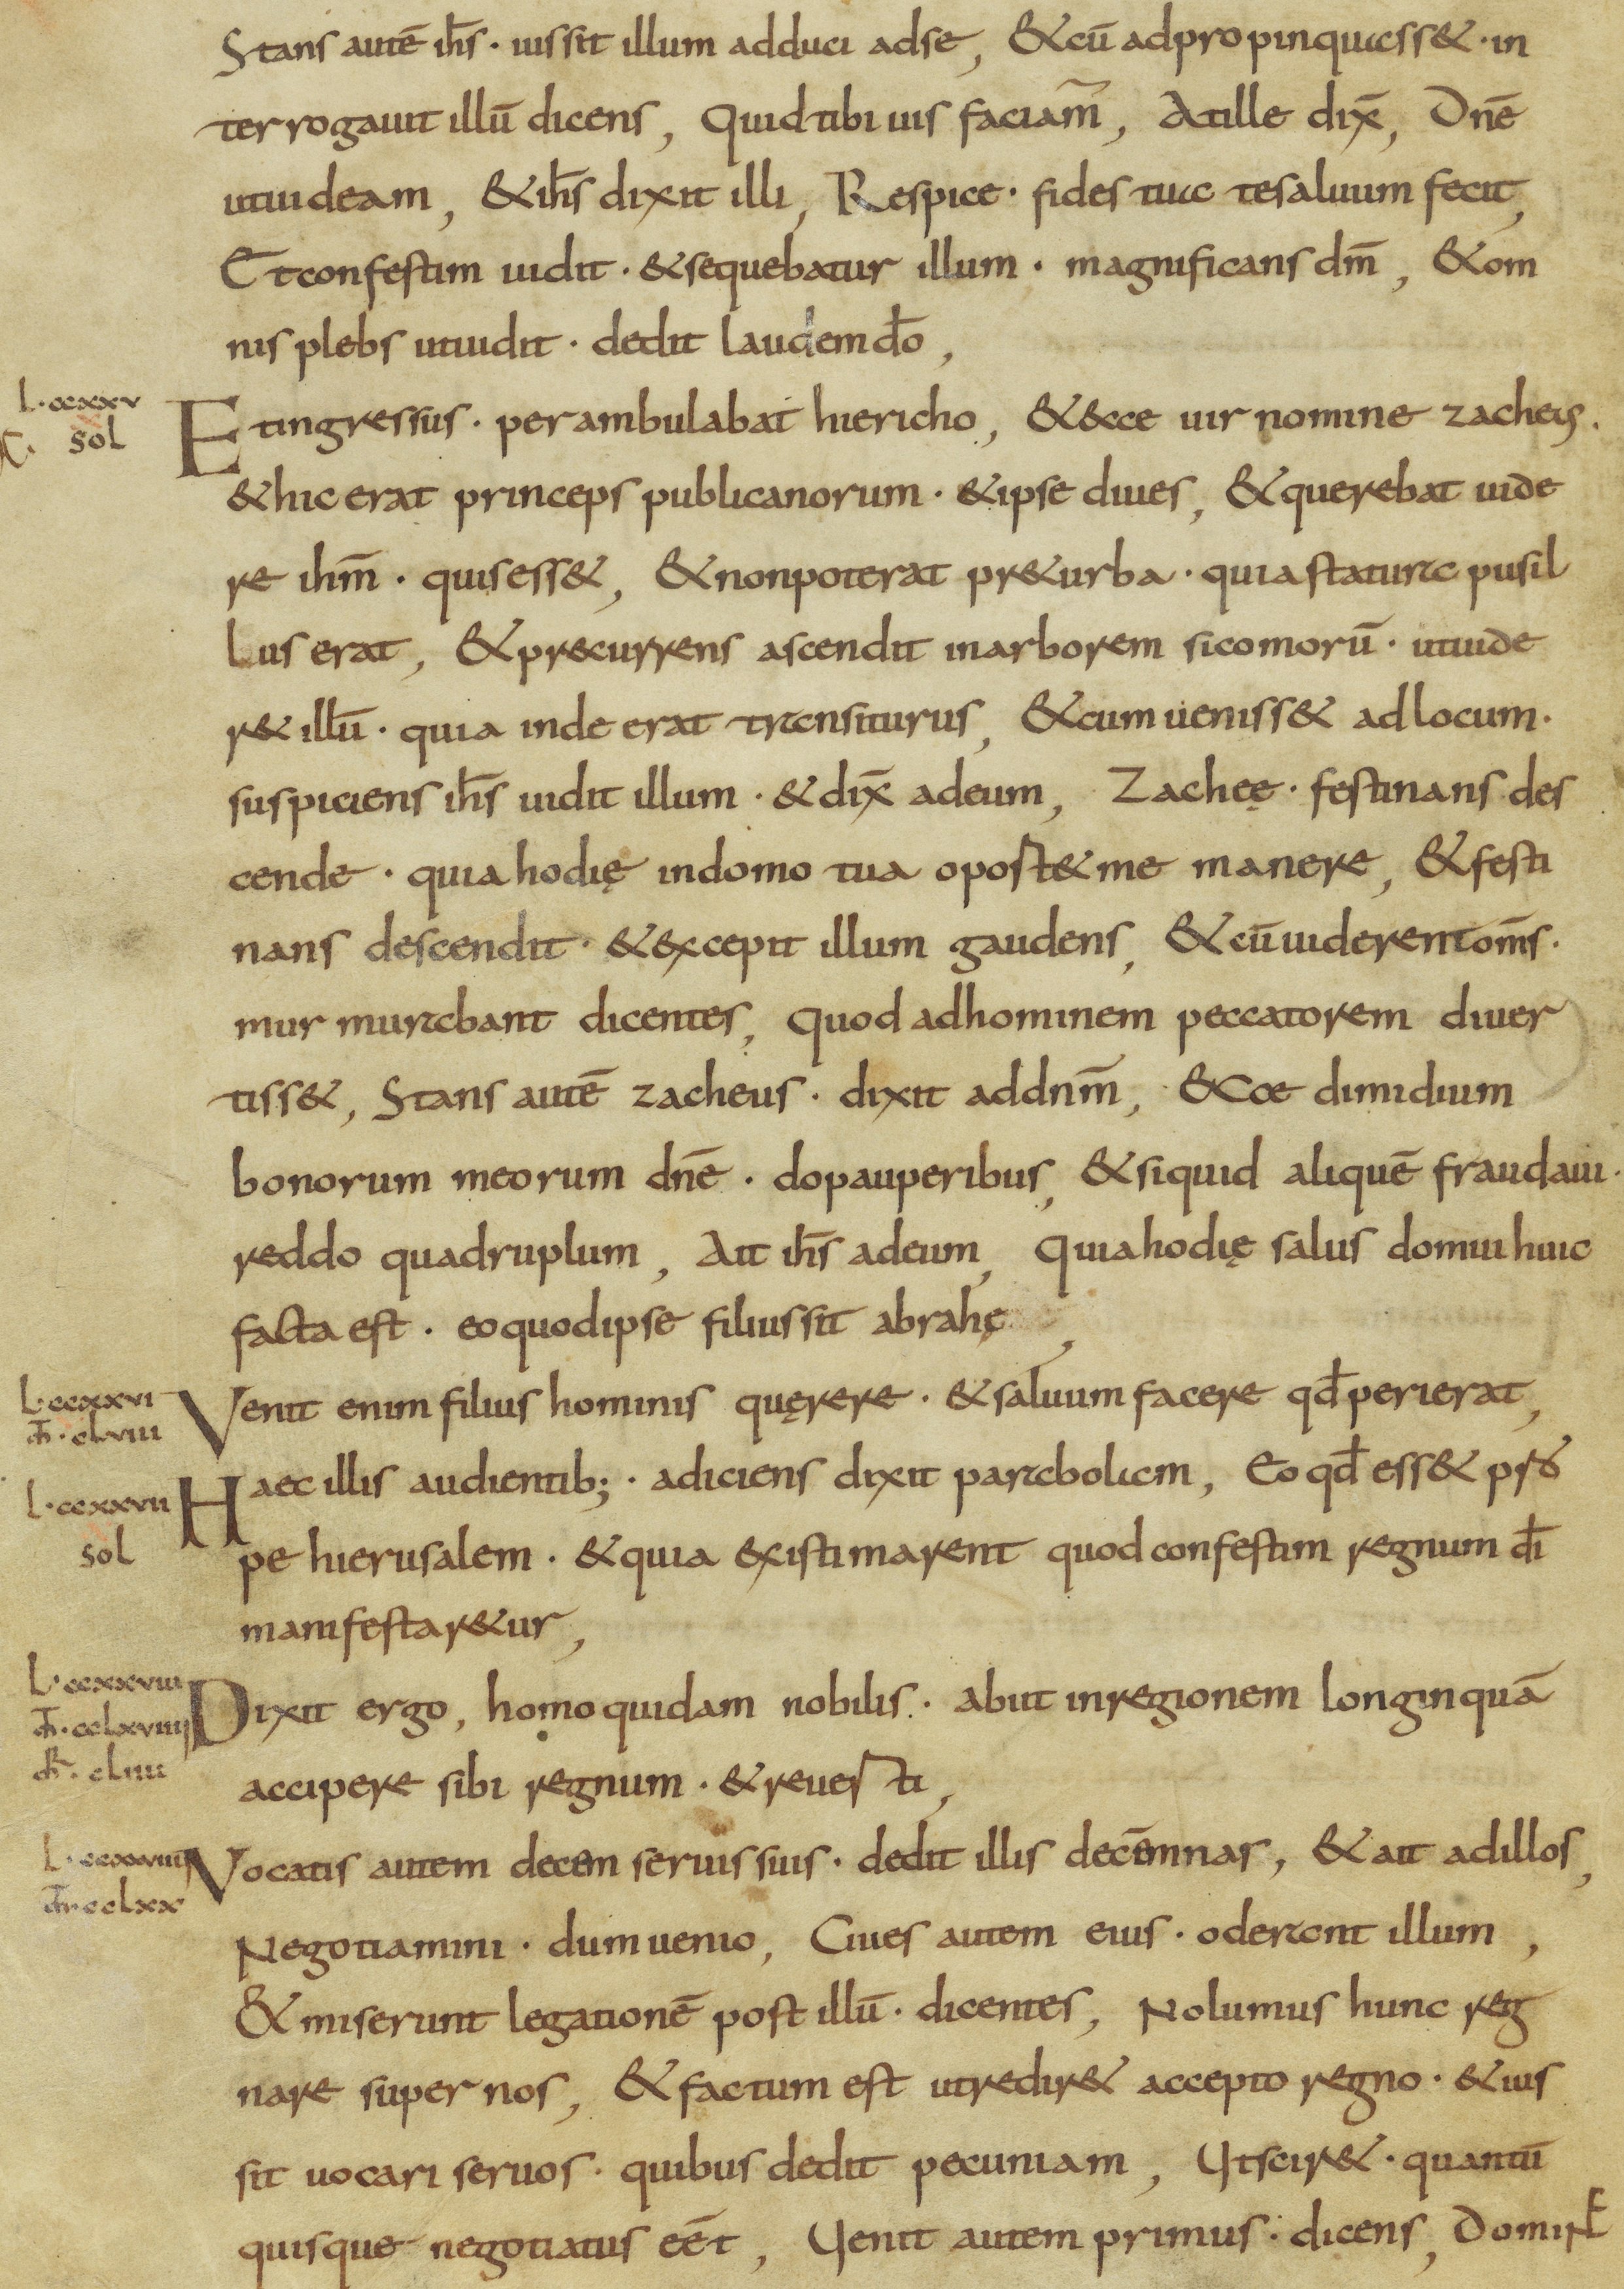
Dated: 800–899